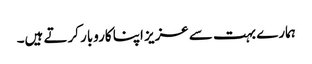
ہمارے بہت سے عزیز اپنا کاروبار کرتے ہیں۔